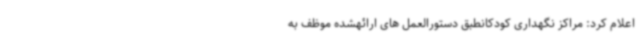
اعلام کرد: مراکز نگهداری کودکانطبق دستورالعمل های ارائهشده موظف به